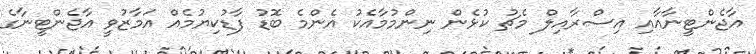
އާޖެންޓީނާއާއި އިސްރާއިލް މެޗު ކުޅެން ނިންމުމާއެކު އެންމެ ބޮޑު ފާޑުކިޔުމެއް އަމާޒުވީ އާޖެންޓީނާގެ